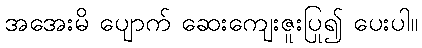
အအေးမိ ပျောက် ဆေးကျေးဇူးပြု၍ ပေးပါ။